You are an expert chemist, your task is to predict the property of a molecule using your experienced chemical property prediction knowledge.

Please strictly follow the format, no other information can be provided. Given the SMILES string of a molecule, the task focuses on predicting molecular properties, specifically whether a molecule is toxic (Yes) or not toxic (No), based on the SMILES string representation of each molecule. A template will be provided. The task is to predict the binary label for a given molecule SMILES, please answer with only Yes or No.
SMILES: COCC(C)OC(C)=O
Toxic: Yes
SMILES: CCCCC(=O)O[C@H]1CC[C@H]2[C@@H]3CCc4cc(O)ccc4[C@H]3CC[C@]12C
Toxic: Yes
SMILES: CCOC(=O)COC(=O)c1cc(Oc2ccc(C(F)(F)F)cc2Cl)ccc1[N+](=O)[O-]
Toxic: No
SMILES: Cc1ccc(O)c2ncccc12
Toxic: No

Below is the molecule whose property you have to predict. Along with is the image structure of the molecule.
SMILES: COc1cc(/C=C/C(N)=O)cc(OC)c1OC
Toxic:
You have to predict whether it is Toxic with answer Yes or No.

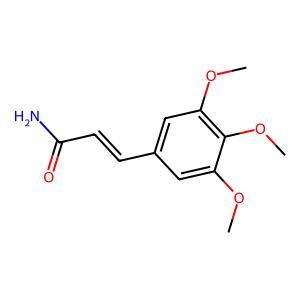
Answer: No